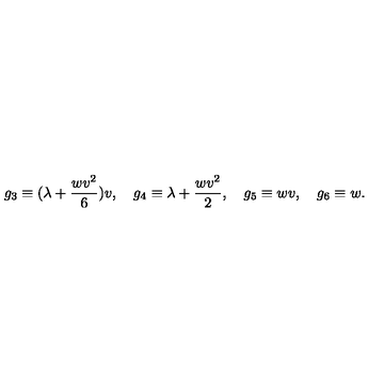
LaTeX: g _ { 3 } \equiv ( \lambda + \frac { w v ^ { 2 } } { 6 } ) v , \quad g _ { 4 } \equiv \lambda + \frac { w v ^ { 2 } } { 2 } , \quad g _ { 5 } \equiv w v , \quad g _ { 6 } \equiv w .